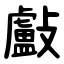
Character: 㪭